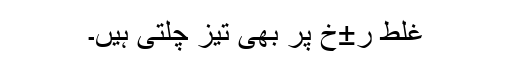
غلط ر±خ پر بھی تیز چلتی ہیں۔